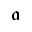
\mathfrak { a }